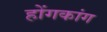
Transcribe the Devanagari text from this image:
होंगकांग